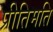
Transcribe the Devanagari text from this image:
प्रीतिमति